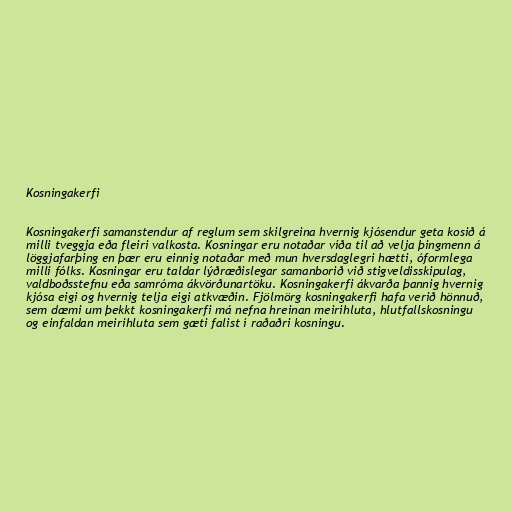
Kosningakerfi

Kosningakerfi samanstendur af reglum sem skilgreina hvernig kjósendur geta kosið á
milli tveggja eða fleiri valkosta. Kosningar eru notaðar víða til að velja þingmenn á
löggjafarþing en þær eru einnig notaðar með mun hversdaglegri hætti, óformlega
milli fólks. Kosningar eru taldar lýðræðislegar samanborið við stigveldisskipulag,
valdboðsstefnu eða samróma ákvörðunartöku. Kosningakerfi ákvarða þannig hvernig
kjósa eigi og hvernig telja eigi atkvæðin. Fjölmörg kosningakerfi hafa verið hönnuð,
sem dæmi um þekkt kosningakerfi má nefna hreinan meirihluta, hlutfallskosningu
og einfaldan meirihluta sem gæti falist í raðaðri kosningu.